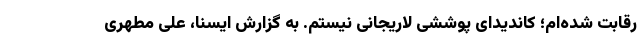
رقابت شده‌ام؛ کاندیدای پوششی لاریجانی نیستم. به گزارش ایسنا، علی مطهری